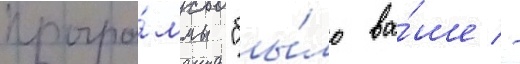
програ́ммы "бы́ло ва́ше -